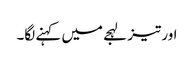
اور تیز لہجے میں کہنے لگا۔